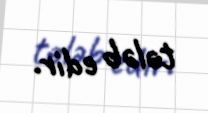
tələb edir.